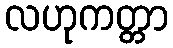
လဟုကတ္တာ